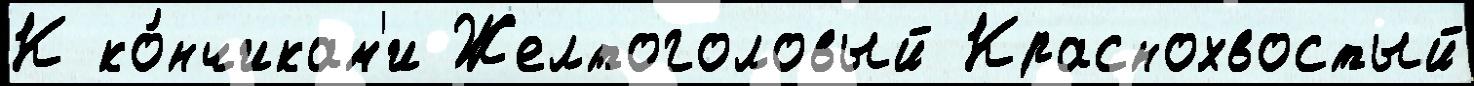
К ко́нчикам'и Желтоголовый Краснохвостый